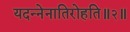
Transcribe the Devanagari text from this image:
यदन्नेनातिरोहति॥२॥